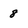
Character: 8